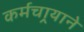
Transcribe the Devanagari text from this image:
कर्मचार्‍याने